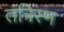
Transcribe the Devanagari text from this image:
तंत्रिस्म